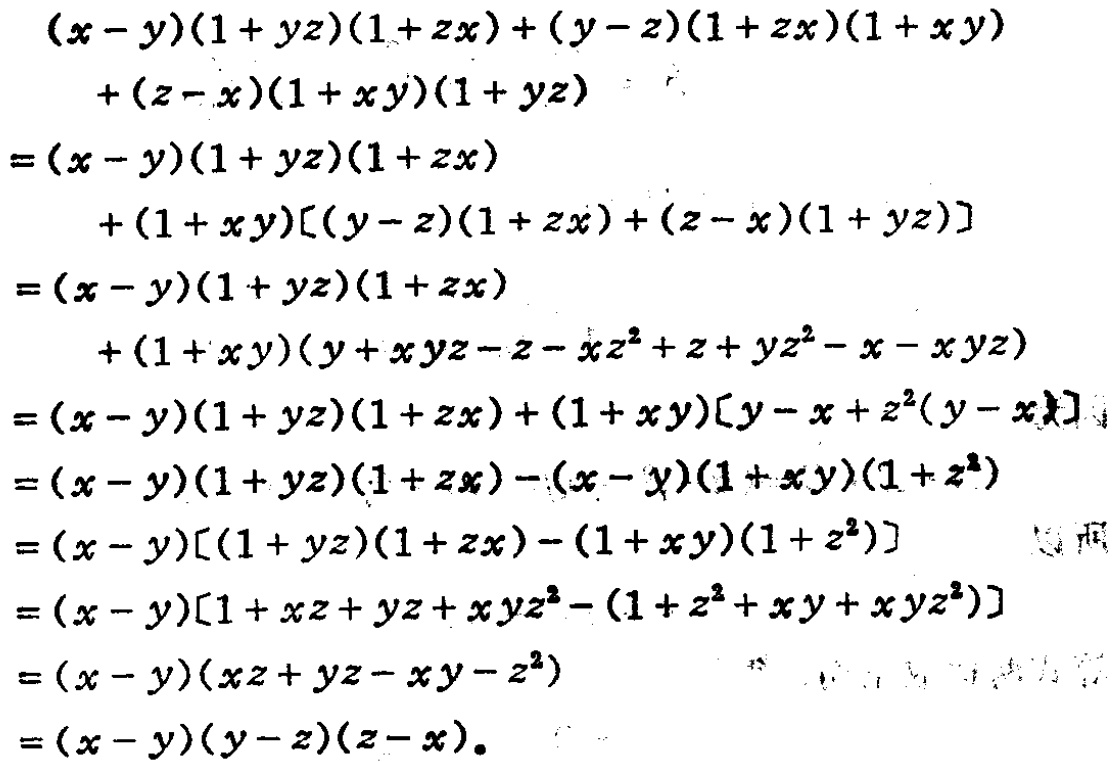
\begin{align*}
&(x - y)(1 + yz)(1 + zx)+(y - z)(1 + zx)(1 + xy)\\
&\quad+(z - x)(1 + xy)(1 + yz)\\
=&(x - y)(1 + yz)(1 + zx)\\
&\quad+(1 + xy)[(y - z)(1 + zx)+(z - x)(1 + yz)]\\
=&(x - y)(1 + yz)(1 + zx)\\
&\quad+(1 + xy)(y + xyz - z - xz^{2}+z + yz^{2}-x - xyz)\\
=&(x - y)(1 + yz)(1 + zx)+(1 + xy)[y - x + z^{2}(y - x)]\\
=&(x - y)(1 + yz)(1 + zx)-(x - y)(1 + xy)(1 + z^{2})\\
=&(x - y)[(1 + yz)(1 + zx)-(1 + xy)(1 + z^{2})]\\
=&(x - y)[1 + xz + yz + xyz^{2}-(1 + z^{2}+xy + xyz^{2})]\\
=&(x - y)(xz + yz - xy - z^{2})\\
=&(x - y)(y - z)(z - x)。
\end{align*}